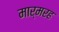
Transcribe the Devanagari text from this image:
मार्मरह